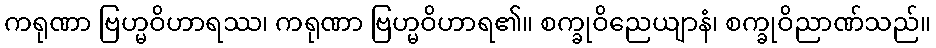
ကရုဏာ ဗြဟ္မဝိဟာရဿ၊ ကရုဏာ ဗြဟ္မဝိဟာရ၏။ စက္ခုဝိညေယျာနံ၊ စက္ခုဝိညာဏ်သည်။